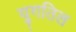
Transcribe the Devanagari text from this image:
युगतिल